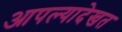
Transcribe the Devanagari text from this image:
आपल्यादेखत